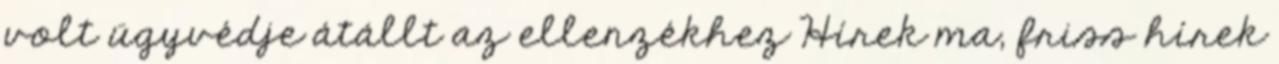
volt ügyvédje átállt az ellenzékhez Hírek ma, friss hírek